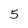
Character: 5